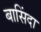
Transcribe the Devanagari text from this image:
बासिंदा